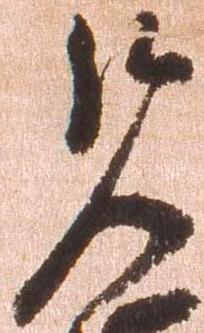
覧